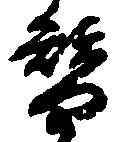
替